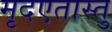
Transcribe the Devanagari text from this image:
मृदएतास्तु